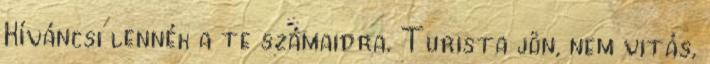
Kíváncsi lennék a te számaidra. Turista jön, nem vitás,